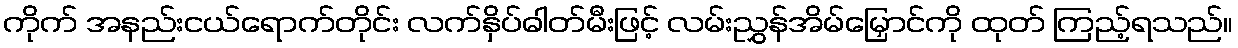
ကိုက် အနည်းငယ်ရောက်တိုင်း လက်နှိပ်ဓါတ်မီးဖြင့် လမ်းညွှန်အိမ်မြှောင်ကို ထုတ် ကြည့်ရသည်။